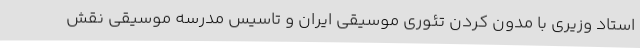
استاد وزیری با مدون کردن تئوری موسیقی ایران و تاسیس مدرسه موسیقی نقش